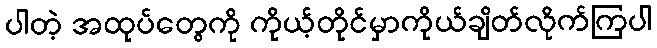
ပါတဲ့ အထုပ်တွေကို ကိုယ့်တိုင်မှာကိုယ်ချိတ်လိုက်ကြပါ